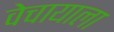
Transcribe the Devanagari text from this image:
वेचायाला